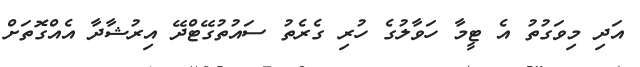
އަދި މިވަގުތު އެ ޓީމާ ހަވާލުގެ ހުރި ގެރެތު ސައުތުގޭޓްދޭ އިރުޝާދާ އެއްގޮތަށް